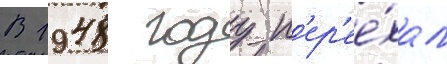
В 1948 году п'ер'ее́хал